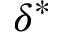
\delta ^ { * }